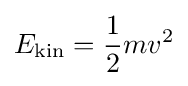
E_{\mathrm {kin} }={\frac {1}{2}}mv^{2}